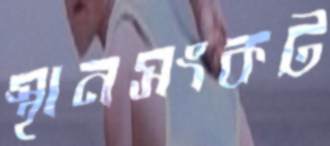
স্থানসংকট